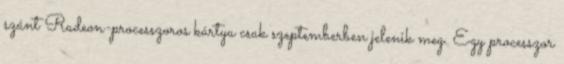
szánt Radeon-processzoros kártya csak szeptemberben jelenik meg. Egy processzor